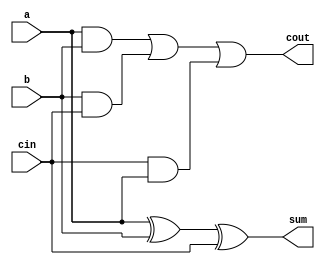
`timescale 1ns / 1ps
//////////////////////////////////////////////////////////////////////////////////
// Company: 
// Engineer: 
// 
// Design Name: 
// Module Name:    full_adder 
// Project Name: 
// Target Devices: 
// Tool versions: 
// Description: 
//
// Dependencies: 
//
// Revision: 
// Revision 0.01 - File Created
// Additional Comments: 
//
//////////////////////////////////////////////////////////////////////////////////
module full_adder(
    input a,
    input b,
    input cin,
    output sum,
    output cout
    );
	assign #2 sum = (a^b)^cin;
	assign #2 cout = (a&b)|(b&cin)|(cin&a);
	endmodule